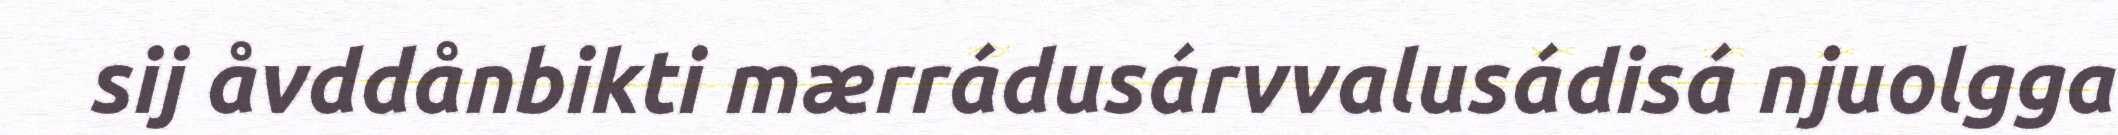
sij åvddånbikti mærrádusárvvalusádisá njuolgga